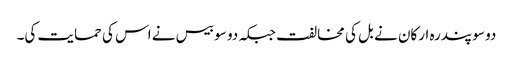
دو سو پندرہ ارکان نے بل کی مخالفت جبکہ دو سو بیس نے اس کی حمایت کی۔